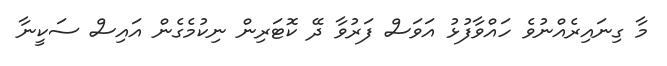
މާ ގިނައިރެއްނުވެ ހައްވާފުޅު އަވަސް ފަރުވާ ދޭ ކޮޓަރިން ނިކުމެގެން އައިސް ސަކީނާ